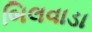
બિલવાડા